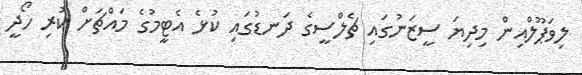
ލިވަޕޫލްއިން މިދިޔަ ސީޒަނުގައި ޗެލްސީގެ ދަނޑުގައި ކުޅެ އެޓީމުގެ މައްޗަށް ކުރި ހޯދީ